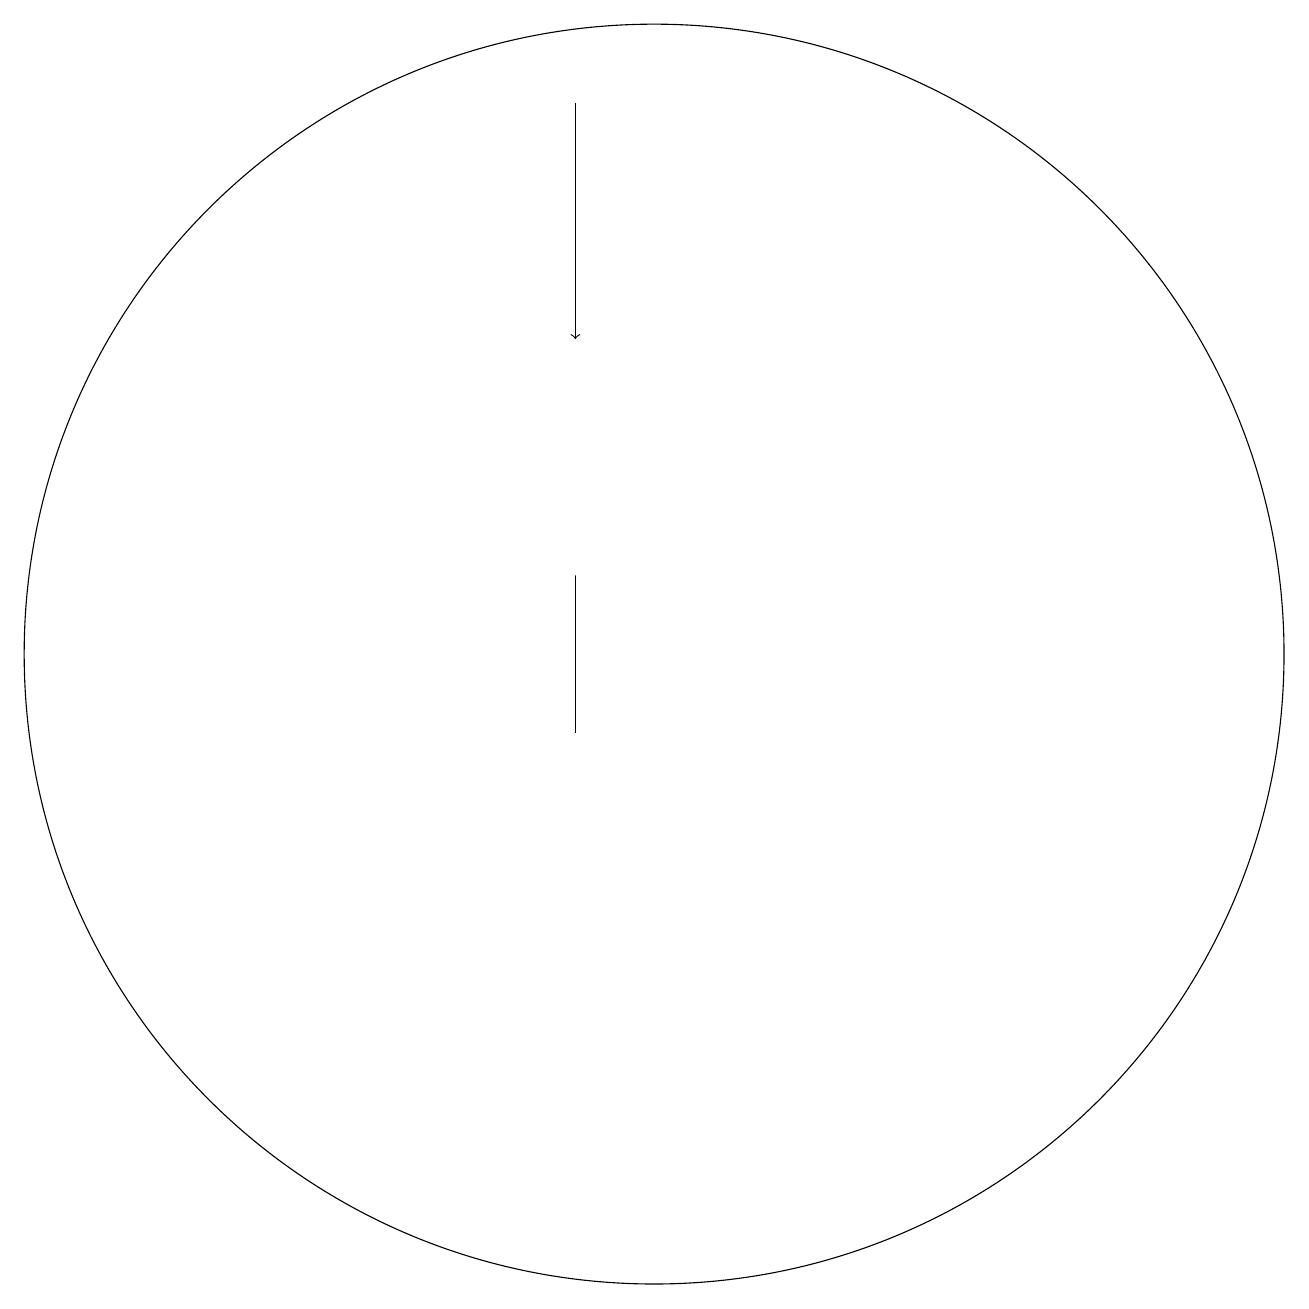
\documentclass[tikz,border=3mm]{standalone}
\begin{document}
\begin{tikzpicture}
\draw (9,11) rectangle (9,13);
\draw[->] (9,19) -- (9,16);
\draw (10,12) circle (8);
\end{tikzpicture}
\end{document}